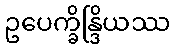
ဥပေက္ခိန္ဒြိယဿ